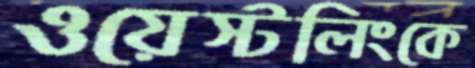
ওয়েস্টলিংকে